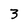
Character: 3